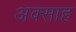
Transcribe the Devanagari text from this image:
अक्साह